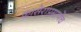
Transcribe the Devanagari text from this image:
कासेरांप्रमाणेंच